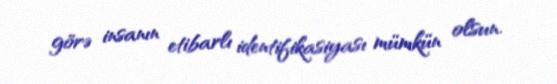
görə insanın etibarlı identifikasiyası mümkün olsun.